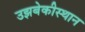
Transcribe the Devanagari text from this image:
उझबेकीस्थान